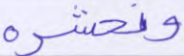
ونحشره